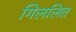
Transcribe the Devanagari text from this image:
गिललित